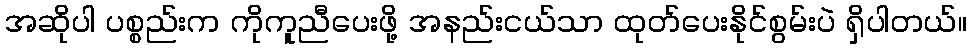
အဆိုပါ ပစ္စည်းက ကိုကူညီပေးဖို့ အနည်းငယ်သာ ထုတ်ပေးနိုင်စွမ်းပဲ ရှိပါတယ်။